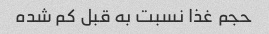
حجم غذا نسبت به قبل کم شده